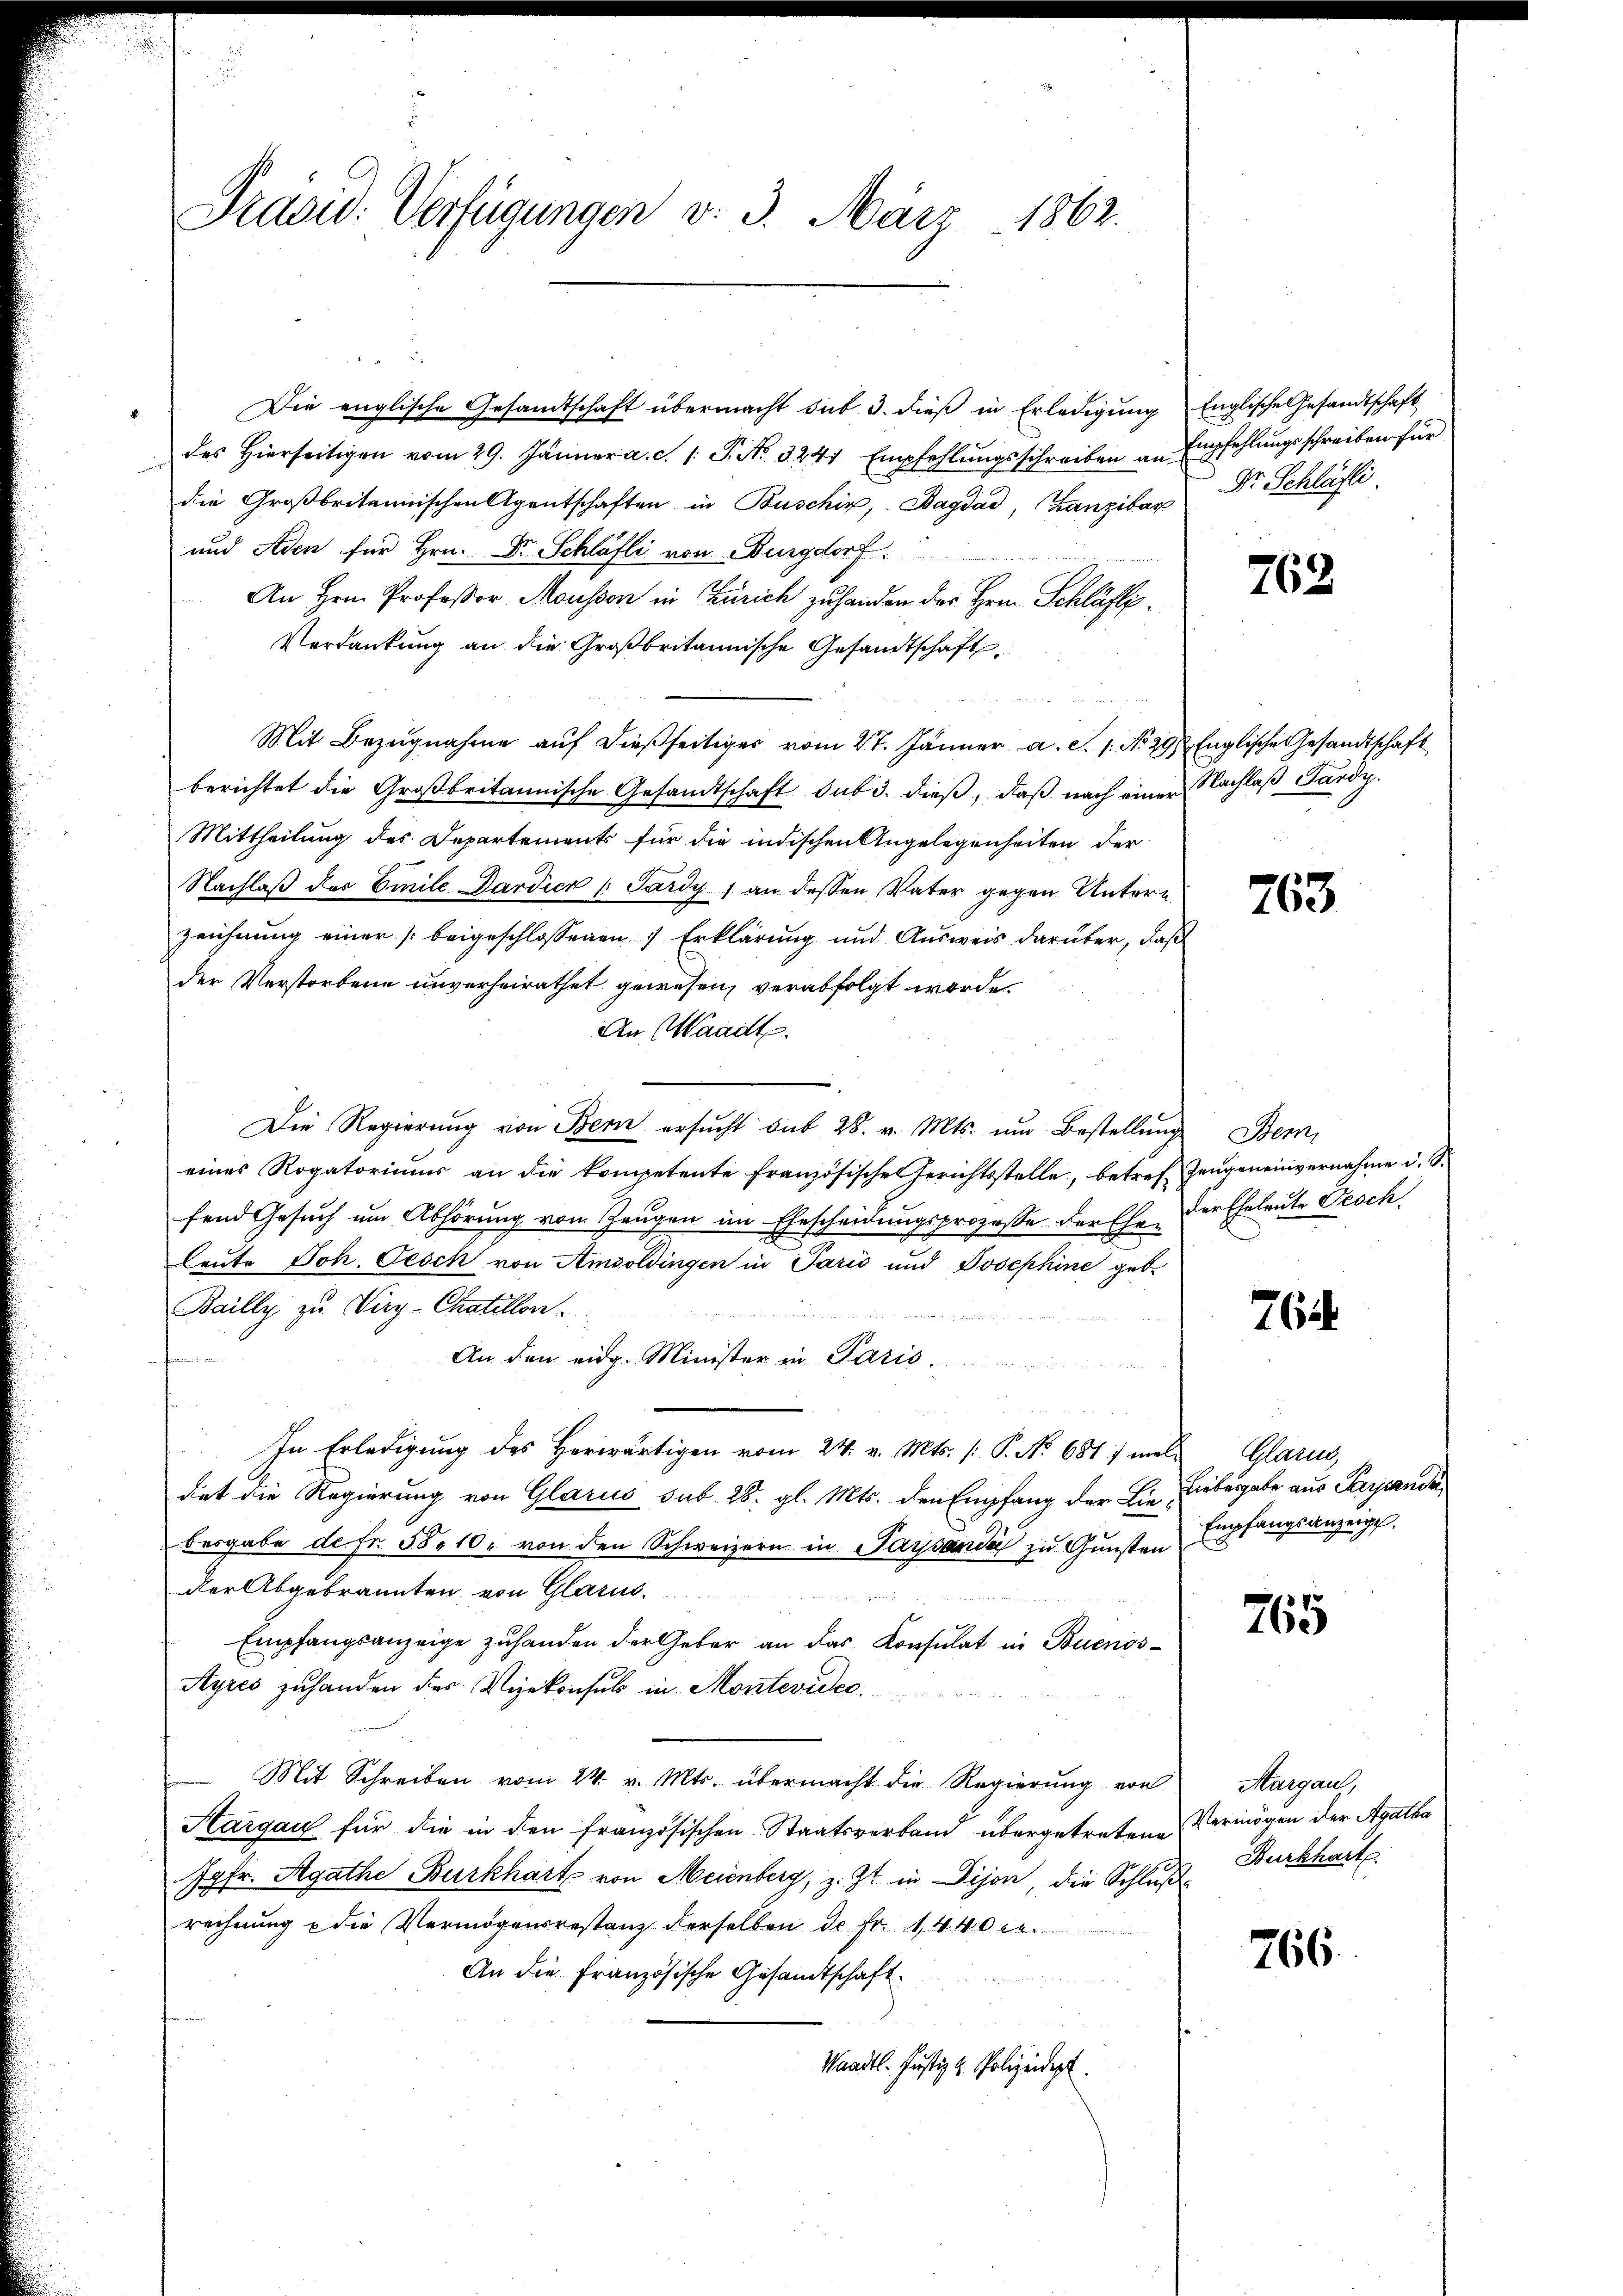
Präsid. Verfügungen d. 3. März 1862.

Die englische Gesandtschaft übermacht sub 3. dieß in Erledigung
des hierseitigen vom 29. Jänner a. c. s. S. No 3241 Empfehlŭngsschreiben an Empfehlŭngsschreiben für
die Großbritannischen Agentschaften in Buschig, Bagdad, Franzibar
und Aden für Hrn. Dr Schläfli von Burgdorf.
An Hern Professor Mousson in Zürich zu handen des Hrn. Schläfti¬
Verdankung an die Großbritannische Gesandtschaft
Mit Bezŭgnahme aŭf dießseitiger vom 27. Jänner a. c. s. No. 29. Englische Gesandtschaft
berichtet die Großbritannische Gesandtschaft sub 3. dieß, daß nach einer Nachlaß Sardy
Mittheilung des Departements für die indischen Angelegenheiten der
Nachlaß des Emile Pardien (Pardy, an dessen Vater gegen Untern
zeichnung einer beigeschlossenen 7 Erklärung und Ausweis darüber, daß
der Verstorbene unverheirathet gewesen, verabfolgt worde.
An Waadt.
Die Regierung von Bern ersŭcht sub 28. v. Mts. um Bestellung Bern,
eines Rogatoriums an die kompetente französische Gerichtsstelle, betref
fend Gesuch um Abhörung von Zeugen im Ehescheidungsprozesse der Ehe der Eheleute Proch
Leute Joh. Gesch von Amsoldingen in Paris und Josephine geb.
Bailly zu Virg-Chatellen.
An den eidg. Minister in Paris.
In Erledigung des Herwärtigen vom 24. v. Mts. /: P. No 681) mell Glarus,
dat die Regierung von Glarus sub 28. gl. Mts. den Empfang der Liebesgabe de fr. 58. 10. von den Schweizern in Paysanda zu Gunsten
der Abgebrannten, von Glarus.
Empfangsanzeige zuhanden der Geber an das Konsulat in Buenos¬
Ayres zuhanden des Vizekonsul in Montevides.
Mit Schreiben vom 24. v. Mts. übermacht die Regierung von
Aargau für die in den französischen Staatsverband übergetretene
Jgfr. Agathe Burkhart von Meienberg, z. Zt. in Dijon, die Schluße
rechnung u die Vermögensrestanz derselben dr Fr. 1440 c.
An die Französische Gesandtschaft.
s
Waadt. Justiz & Polizeidept.

Englische Gesandtschaft
Dr. Schläfti

762

763.

Zeugeneinvernahme d. S.

765.

Liebesgabe aus Persande
Empfangsanzeigt.

765

Aargau,
Vermögen der Agatha
Burkhart

766.